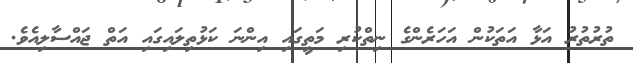
ތުރުތުރު އަޅާ އަތަކުން އަހަރެންގެ ނިތްކުރި މަތީގައި އިންނަ ކަޅުތިލައިގައި އަތް ޖައްސާލިއެވެ.